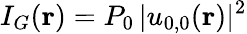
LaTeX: I_{G}(\mathbf{r})=P_{0}\, |u_{0,0}(\mathbf{r})|^{2}